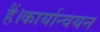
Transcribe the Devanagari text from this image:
हैं।कार्यान्वयन